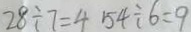
2 8 \div 7 = 4 5 4 \div 6 = 9